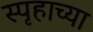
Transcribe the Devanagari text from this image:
स्पृहाच्या